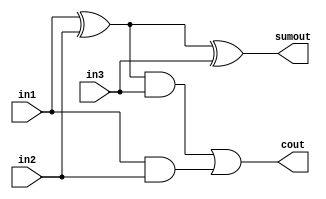
module csa23md(cout,sumout,in1,in2,in3);
input[22:0]in1,in2,in3;
output[22:0]cout,sumout;
assign sumout=(in1^in2)^in3;
assign cout=((in1^in2)&in3)|(in1&in2);
endmodule